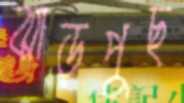
ঝাড়পুছ